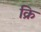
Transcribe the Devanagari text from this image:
क्रि